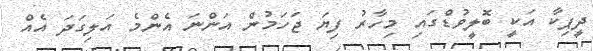
ދީޕިކާ އަކީ ބޮލީވުޑްގައި މިހާރު ފިޔަ ޖަހަމުން އަންނަ އެންމެ އަލިގަދަ އެއް